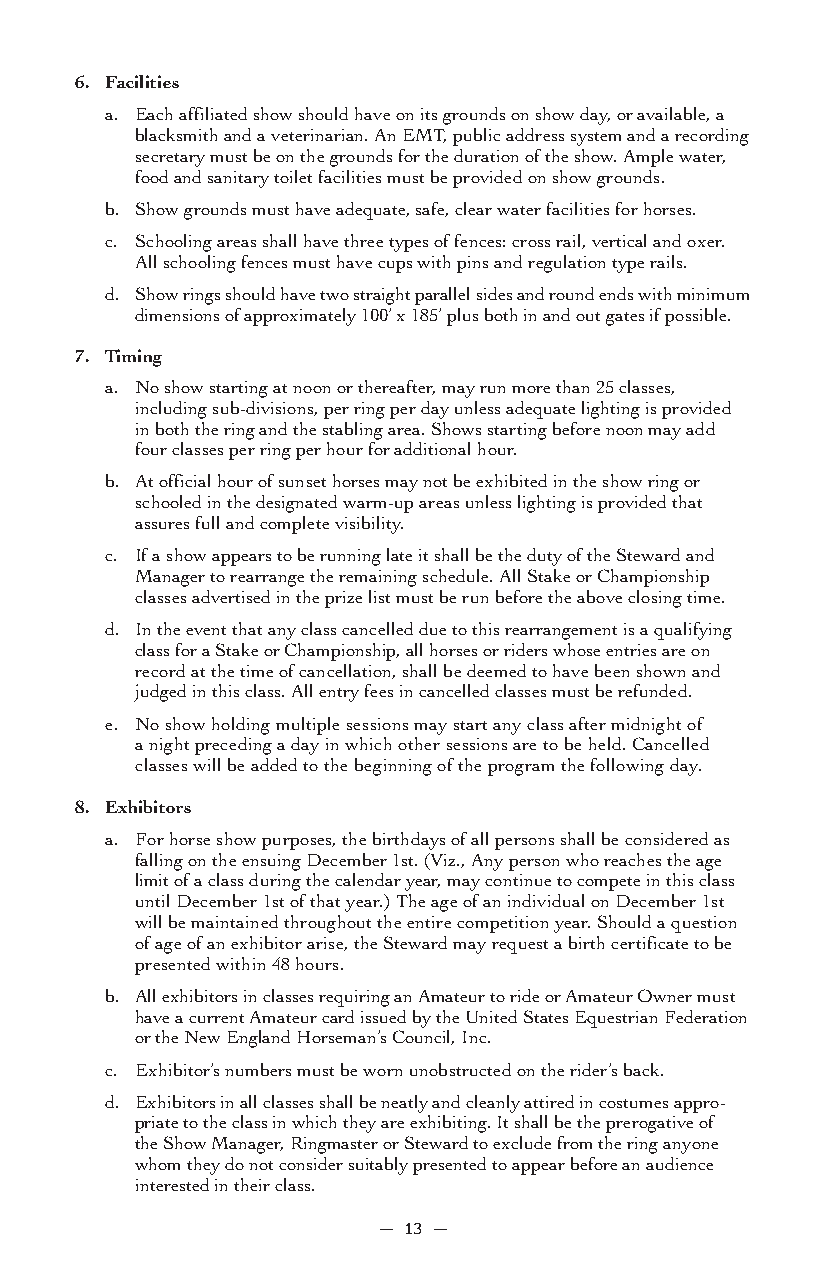
6. Facilities
 a. Each affiliated show should have on its grounds on show day, or available, a
 blacksmith and a veterinarian. An EMT, public address system and a recording
 secretary must be on the grounds for the duration of the show. Ample water,
 food and sanitary toilet facilities must be provided on show grounds.
 b. Show grounds must have adequate, safe, clear water facilities for horses.
 c. Schooling areas shall have three types of fences: cross rail, vertical and oxer.
 All schooling fences must have cups with pins and regulation type rails.
 d. Show rings should have two straight parallel sides and round ends with minimum
 dimensions of approximately 100’ x 185’ plus both in and out gates if possible.
 7. Timing
 a. No show starting at noon or thereafter, may run more than 25 classes,
 including sub-divisions, per ring per day unless adequate lighting is provided
 in both the ring and the stabling area. Shows starting before noon may add
 four classes per ring per hour for additional hour.
 b. At official hour of sunset horses may not be exhibited in the show ring or
 schooled in the designated warm-up areas unless lighting is provided that
 assures full and complete visibility.
 c. If a show appears to be running late it shall be the duty of the Steward and
 Manager to rearrange the remaining schedule. All Stake or Championship
 classes advertised in the prize list must be run before the above closing time.
 d. In the event that any class cancelled due to this rearrangement is a qualifying
 class for a Stake or Championship, all horses or riders whose entries are on
 record at the time of cancellation, shall be deemed to have been shown and
 judged in this class. All entry fees in cancelled classes must be refunded.
 e. No show holding multiple sessions may start any class after midnight of
 a night preceding a day in which other sessions are to be held. Cancelled
 classes will be added to the beginning of the program the following day.
 8. Exhibitors
 a. For horse show purposes, the birthdays of all persons shall be considered as
 falling on the ensuing December 1st. (Viz., Any person who reaches the age
 limit of a class during the calendar year, may continue to compete in this class
 until December 1st of that year.) The age of an individual on December 1st
 will be maintained throughout the entire competition year. Should a question
 of age of an exhibitor arise, the Steward may request a birth certificate to be
 presented within 48 hours.
 b. All exhibitors in classes requiring an Amateur to ride or Amateur Owner must
 have a current Amateur card issued by the United States Equestrian Federation
 or the New England Horseman’s Council, Inc.
 c. Exhibitor’s numbers must be worn unobstructed on the rider’s back.
 d. Exhibitors in all classes shall be neatly and cleanly attired in costumes appro -
 priate to the class in which they are exhibiting. It shall be the prerogative of
 the Show Manager, Ringmaster or Steward to exclude from the ring anyone
 whom they do not consider suitably presented to appear before an audience
 interested in their class.
 — 13 —